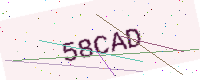
Text: 58CAD